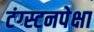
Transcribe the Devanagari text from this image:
टंग्स्टनपेक्षा